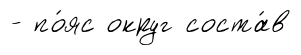
- по́яс округ соста́в